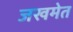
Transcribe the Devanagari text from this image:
जखमेत